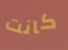
كانت